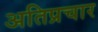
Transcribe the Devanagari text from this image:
अतिप्रचार